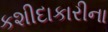
કશીદાકારીના